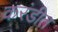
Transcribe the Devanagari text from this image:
करंडीत